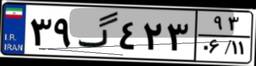
۳۹گ۴۲۳۹۳